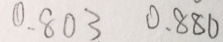
0 . 8 0 3 0 . 8 8 0